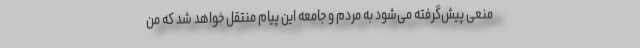
منعی پیش‌گرفته می‌شود به مردم و جامعه این پیام منتقل خواهد شد که من